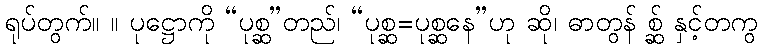
ရုပ်တွက်။ ။ ပုဋ္ဌောကို “ပုစ္ဆ”တည်၊ “ပုစ္ဆ=ပုစ္ဆနေ”ဟု ဆို၊ ဓာတွန် စ္ဆ် နှင့်တကွ